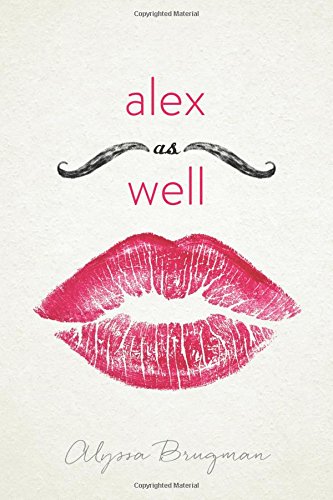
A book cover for Alex As Well; Alyssa Brugman; Teen & Young Adult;